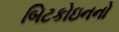
બિટકોઇનનો